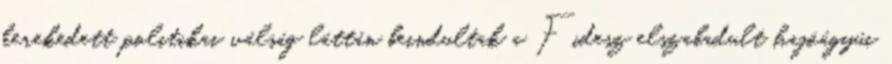
kerekedett politikai válság láttán beindultak a Fidesz elszabadult hajóágyúi